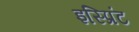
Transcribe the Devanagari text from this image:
इस्प्रिंट